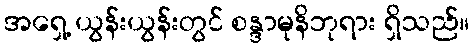
အရှေ့ ယွန်းယွန်းတွင် စန္ဒာမုနိဘုရား ရှိသည်။